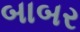
બાબર